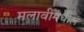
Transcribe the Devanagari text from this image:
मलावीमधील